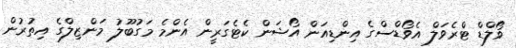
ވޯލްޑް ޓްރެވަލް އެވޯޑްސްގެ އިންޑިއަން އޯޝަން ކެޓެގަރީން އެންމެ މަގުބޫލު މަންޒިލްގެ އިތުރުން